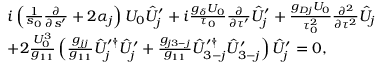
\begin{array} { r l } & { i \left( \frac { 1 } { s _ { 0 } } \frac { \partial } { \partial s ^ { \prime } } + 2 \alpha _ { j } \right) U _ { 0 } \hat { U } _ { j } ^ { \prime } + i \frac { g _ { \delta } U _ { 0 } } { \tau _ { 0 } } \frac { \partial } { \partial \tau ^ { \prime } } \hat { U } _ { j } ^ { \prime } + \frac { g _ { D j } U _ { 0 } } { \tau _ { 0 } ^ { 2 } } \frac { \partial ^ { 2 } } { \partial \tau ^ { 2 } } \hat { U } _ { j } } \\ & { + 2 \frac { U _ { 0 } ^ { 3 } } { g _ { 1 1 } } \left( \frac { g _ { j j } } { g _ { 1 1 } } \hat { U } _ { j } ^ { \prime \dag } \hat { U } _ { j } ^ { \prime } + \frac { g _ { j 3 - j } } { g _ { 1 1 } } \hat { U } _ { 3 - j } ^ { \prime \dagger } \hat { U } _ { 3 - j } ^ { \prime } \right) \hat { U } _ { j } ^ { \prime } = 0 , } \end{array}